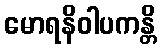
မောရနိဝါပကန္တိ